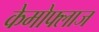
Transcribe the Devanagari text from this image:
केमोफ्लाज